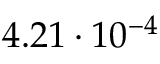
4 . 2 1 \cdot 1 0 ^ { - 4 }